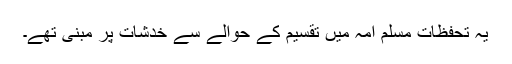
یہ تحفظات مسلم امہ میں تقسیم کے حوالے سے خدشات پر مبنی تھے۔